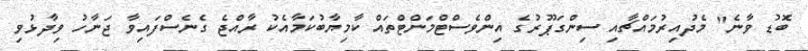
ބޮޑު ވާނެ" މެދުއިރުމައްޗާއި ސިންގަޕޫރުގެ އިންވެސްޓްމަންޓްތައް ކާމިޔާބުކަމާއެކު ރާއްޖެ ގެނެސްފައިވާ ޖަނާހު ވިދާޅުވި